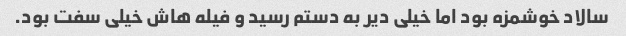
سالاد خوشمزه بود اما خیلی دیر به دستم رسید و فیله هاش خیلی سفت بود.